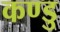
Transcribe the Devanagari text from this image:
कण्डु